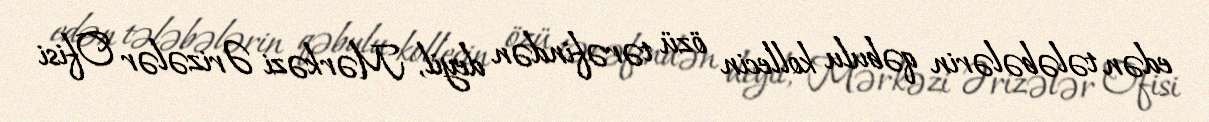
edən tələbələrin qəbulu kollecin özü tərəfindən deyil, Mərkəzi Ərizələr Ofisi